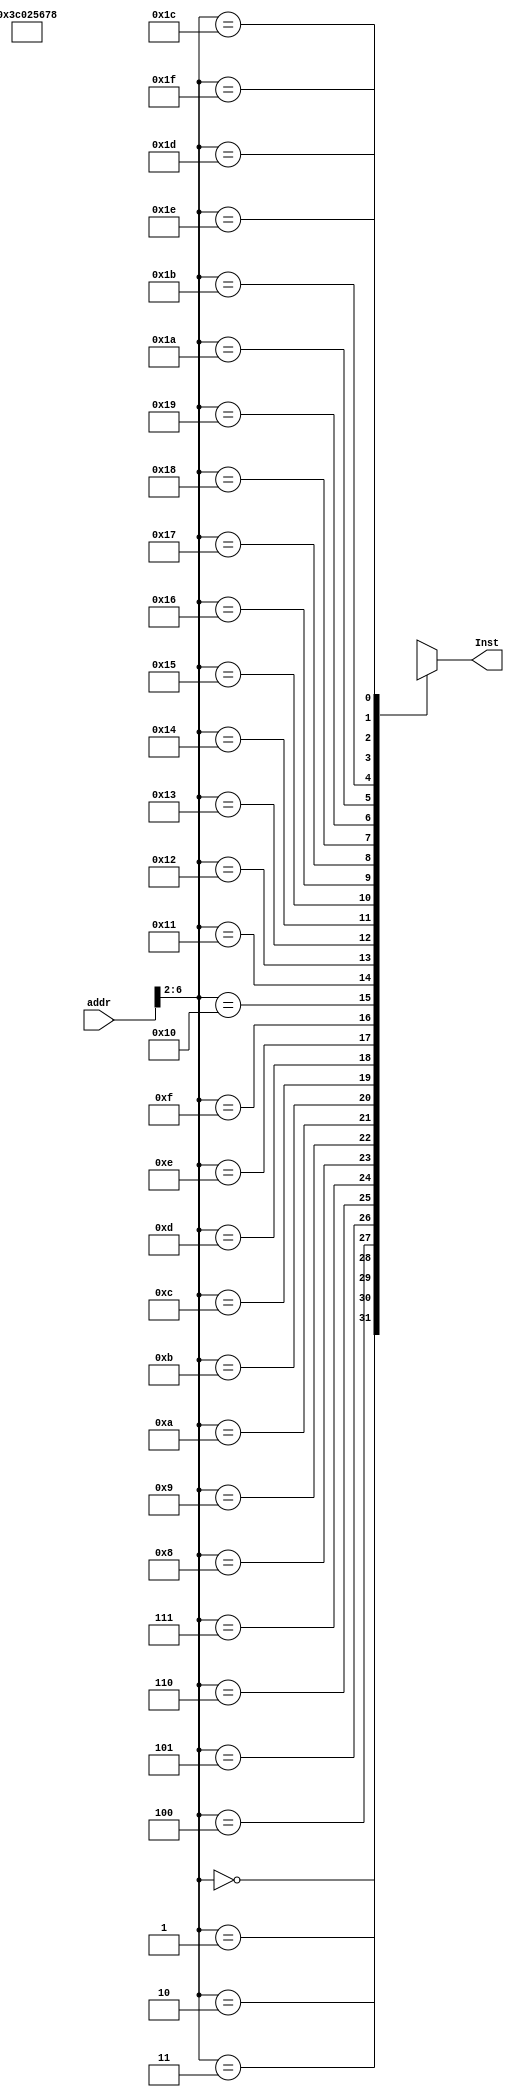
module INST_ROM(
		input [31:0] addr,
		output[31:0] Inst
    );

   reg [31:0] ram [0:31];
	
	assign ram[5'h00] = 32'h00000000;
//	assign ram[5'h00] = 32'h3c011234;	//lui R1,0x1234
	assign ram[5'h01] = 32'h3c025678;	//lui R2,0x5678
	
	
	assign Inst = ram[addr[6:2]];
	
endmodule